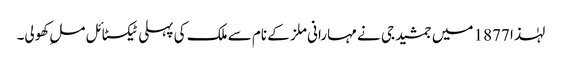
لہٰذا 1877 میں جمشید جی نے مہارانی ملز کے نام سے ملک کی پہلی ٹیکسٹائل ملِ کھولی۔